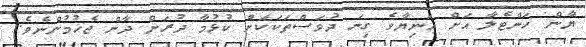
ޔާން ހަންޓެލާ އަށް އަނިޔާވެ ގިނަ ދުވަސްތަކަކަށް ކުޅުމާ ދުރަށް ދާން ޖެހުމުންނެވެ.